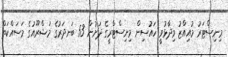
މިނިސްޓަރު މުއިއްޒު ވިދާޅުވީ ހައުސިން މިނިސްޓްރީގެ ދަށުން 53 ބަނދަރުގެ މަޝްރޫއުގެ މަސައްކަތް